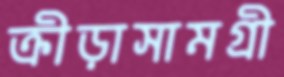
ক্রীড়াসামগ্রী